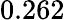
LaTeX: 0.262